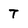
Character: T